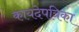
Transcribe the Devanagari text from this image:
कायदेपत्रिका